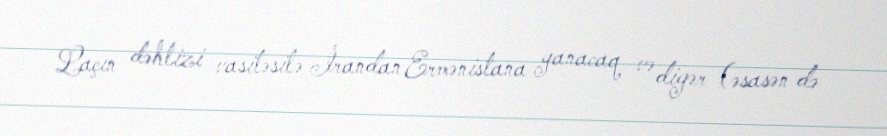
Laçın dəhlizi vasitəsilə İrandan Ermənistana yanacaq və digər (əsasən də